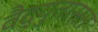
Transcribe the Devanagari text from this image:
वैद्युतासन